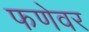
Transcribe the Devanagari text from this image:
फणेवर